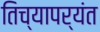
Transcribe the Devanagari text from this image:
तिच्यापर्यंत